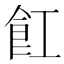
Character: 𮨷